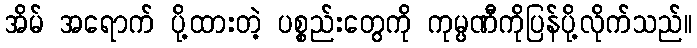
အိမ် အရောက် ပို့ထားတဲ့ ပစ္စည်းတွေကို ကုမ္ပဏီကိုပြန်ပို့လိုက်သည်။